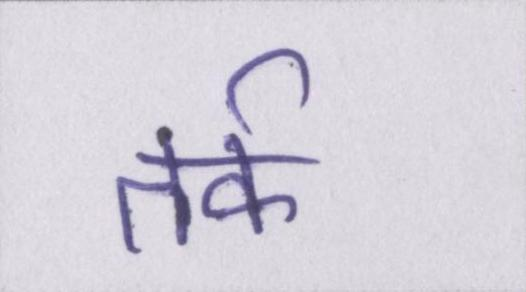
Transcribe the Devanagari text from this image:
तर्क